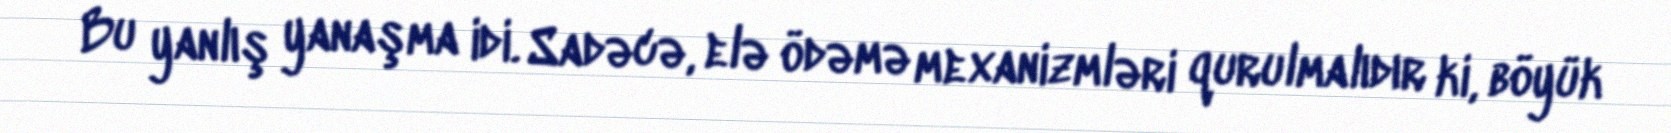
Bu yanlış yanaşma idi. Sadəcə, elə ödəmə mexanizmləri qurulmalıdır ki, böyük